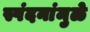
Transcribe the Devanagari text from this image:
स्पंदनांमुळे